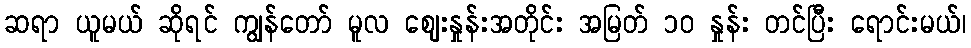
ဆရာ ယူမယ် ဆိုရင် ကျွန်တော် မူလ ဈေးနှုန်းအတိုင်း အမြတ် ၁၀ နှုန်း တင်ပြီး ရောင်းမယ်၊